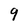
Character: q